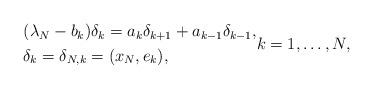
LaTeX: \begin{align*} \begin{aligned} & (\lambda_N-b_k)\delta_k=a_k\delta_{k+1}+a_{k-1}\delta_{k-1}, \\ & \delta_k=\delta_{N,k}=(x_N,e_k), \end{aligned} k=1,\ldots,N, \end{align*}